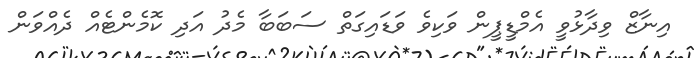
އިނާޒް ވިދާޅުވީ އެމްޑީޕީން ވަކިވެ ވަޑައިގަތް ސަބަބާ މެދު އަދި ކޮމެންޓެއް ދެއްވަން